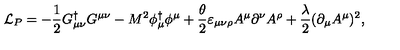
{ \cal L } _ { P } = - \frac 1 2 G _ { \mu \nu } ^ { \dagger } G ^ { \mu \nu } - M ^ { 2 } \phi _ { \mu } ^ { \dagger } \phi ^ { \mu } + \frac { \theta } { 2 } \varepsilon _ { \mu \nu \rho } A ^ { \mu } \partial ^ { \nu } A ^ { \rho } + \frac { \lambda } { 2 } ( \partial _ { \mu } A ^ { \mu } ) ^ { 2 } ,